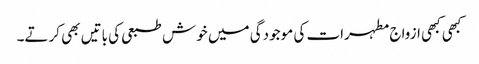
کبھی کبھی ازواج مطہرات کی موجودگی میں خوش طبعی کی باتیں بھی کرتے۔